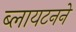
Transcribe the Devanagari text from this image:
ब्लायटनने